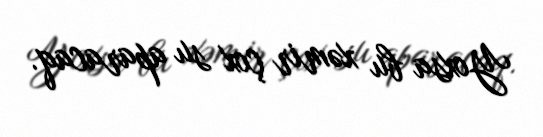
Yoxsa bu xəmir çox su aparacaq.